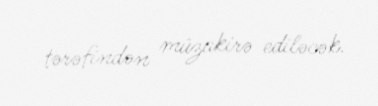
tərəfindən müzakirə ediləcək.